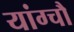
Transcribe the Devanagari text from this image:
यांग्चौ